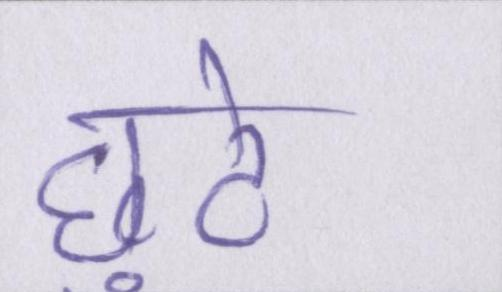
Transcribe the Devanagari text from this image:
छुटे